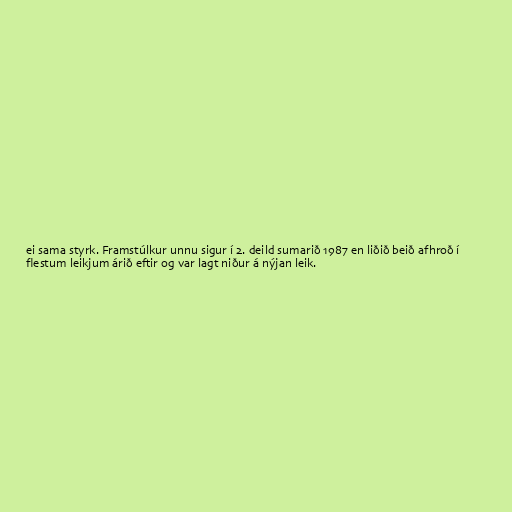
ei sama styrk. Framstúlkur unnu sigur í 2. deild sumarið 1987 en liðið beið afhroð í
flestum leikjum árið eftir og var lagt niður á nýjan leik.